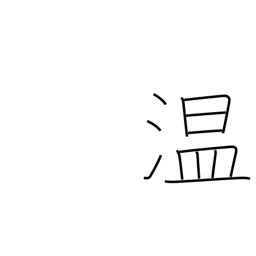
Meaning: warm